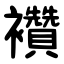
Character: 襸